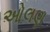
ઓલણ